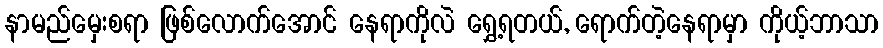
နာမည်မှေးစရာ ဖြစ်လောက်အောင် နေရာကိုလဲ ရွှေ့ရတယ်, ရောက်တဲ့နေရာမှာ ကိုယ့်ဘာသာ